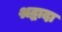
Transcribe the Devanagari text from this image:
श्रद्धादा